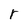
Character: r